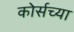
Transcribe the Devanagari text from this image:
कोर्सच्या